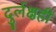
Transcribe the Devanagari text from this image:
दुर्लक्षही